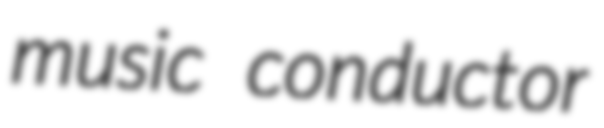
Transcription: music conductor